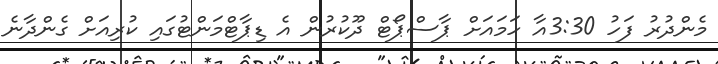
މެންދުރު ފަހު 3:30އާ ހަމައަށް ޕާސްޕޯޓް ދޫކުރުން އެ ޑިޕާޓްމަންޓުގައި ކުރިއަށް ގެންދާނެ